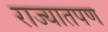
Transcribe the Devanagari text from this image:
राज्यातपण